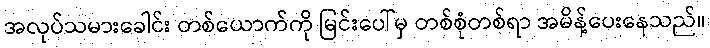
အလုပ်သမားခေါင်း တစ်ယောက်ကို မြင်းပေါ်မှ တစ်စုံတစ်ရာ အမိန့်ပေးနေသည်။